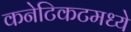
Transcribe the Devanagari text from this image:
कनेटिकटमध्ये